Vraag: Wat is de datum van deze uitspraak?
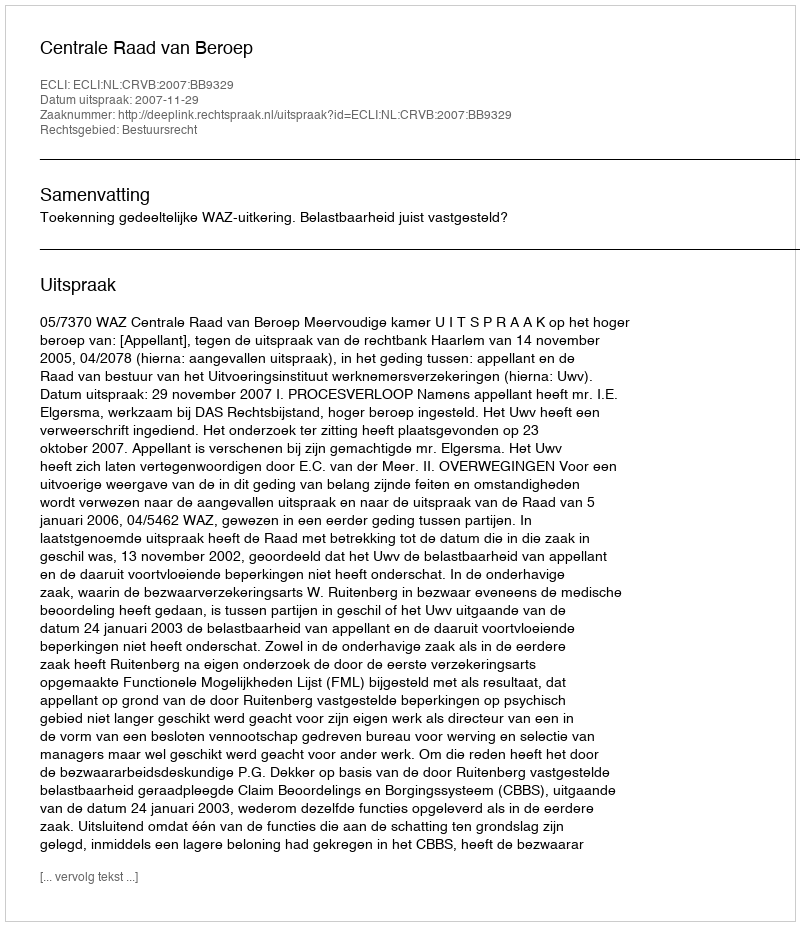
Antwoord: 2007-11-29